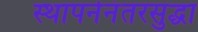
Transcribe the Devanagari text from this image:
स्थापनेनंतरसुद्धा